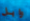
وابل